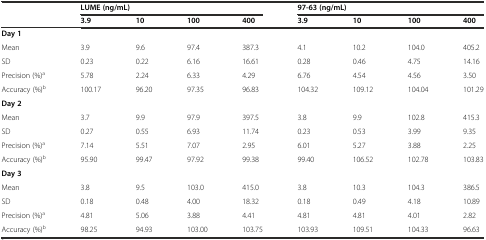
<table><thead><tr><td></td><td colspan="4"><b>LUME (ng/mL)</b></td><td colspan="4"><b>97-63 (ng/mL)</b></td></tr><tr><td></td><td><b>3.9</b></td><td><b>10</b></td><td><b>100</b></td><td><b>400</b></td><td><b>3.9</b></td><td><b>10</b></td><td><b>100</b></td><td><b>400</b></td></tr></thead><tbody><tr><td><b>Day 1</b></td><td></td><td></td><td></td><td></td><td></td><td></td><td></td><td></td></tr><tr><td>Mean</td><td>3.9</td><td>9.6</td><td>97.4</td><td>387.3</td><td>4.1</td><td>10.2</td><td>104.0</td><td>405.2</td></tr><tr><td>SD</td><td>0.23</td><td>0.22</td><td>6.16</td><td>16.61</td><td>0.28</td><td>0.46</td><td>4.75</td><td>14.16</td></tr><tr><td>Precision (%)<sup>a</sup></td><td>5.78</td><td>2.24</td><td>6.33</td><td>4.29</td><td>6.76</td><td>4.54</td><td>4.56</td><td>3.50</td></tr><tr><td>Accuracy (%)<sup>b</sup></td><td>100.17</td><td>96.20</td><td>97.35</td><td>96.83</td><td>104.32</td><td>109.12</td><td>104.04</td><td>101.29</td></tr><tr><td><b>Day 2</b></td><td></td><td></td><td></td><td></td><td></td><td></td><td></td><td></td></tr><tr><td>Mean</td><td>3.7</td><td>9.9</td><td>97.9</td><td>397.5</td><td>3.8</td><td>9.9</td><td>102.8</td><td>415.3</td></tr><tr><td>SD</td><td>0.27</td><td>0.55</td><td>6.93</td><td>11.74</td><td>0.23</td><td>0.53</td><td>3.99</td><td>9.35</td></tr><tr><td>Precision (%)<sup>a</sup></td><td>7.14</td><td>5.51</td><td>7.07</td><td>2.95</td><td>6.01</td><td>5.27</td><td>3.88</td><td>2.25</td></tr><tr><td>Accuracy (%)<sup>b</sup></td><td>95.90</td><td>99.47</td><td>97.92</td><td>99.38</td><td>99.40</td><td>106.52</td><td>102.78</td><td>103.83</td></tr><tr><td><b>Day 3</b></td><td></td><td></td><td></td><td></td><td></td><td></td><td></td><td></td></tr><tr><td>Mean</td><td>3.8</td><td>9.5</td><td>103.0</td><td>415.0</td><td>3.8</td><td>10.3</td><td>104.3</td><td>386.5</td></tr><tr><td>SD</td><td>0.18</td><td>0.48</td><td>4.00</td><td>18.32</td><td>0.18</td><td>0.49</td><td>4.18</td><td>10.89</td></tr><tr><td>Precision (%)<sup>a</sup></td><td>4.81</td><td>5.06</td><td>3.88</td><td>4.41</td><td>4.81</td><td>4.81</td><td>4.01</td><td>2.82</td></tr><tr><td>Accuracy (%)<sup>b</sup></td><td>98.25</td><td>94.93</td><td>103.00</td><td>103.75</td><td>103.93</td><td>109.51</td><td>104.33</td><td>96.63</td></tr></tbody></table>